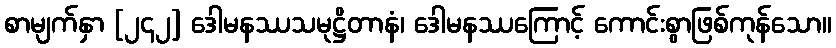
စာမျက်နှာ [၂၄၂] ဒေါမနဿသမုဋ္ဌိတာနံ၊ ဒေါမနဿကြောင့် ကောင်းစွာဖြစ်ကုန်သော။